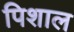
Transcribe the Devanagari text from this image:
पिशाल